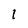
Character: l